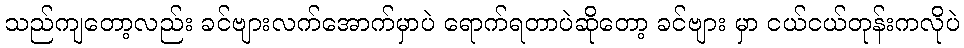
သည်ကျတော့လည်း ခင်ဗျားလက်အောက်မှာပဲ ရောက်ရတာပဲဆိုတော့ ခင်ဗျား မှာ ငယ်ငယ်တုန်းကလိုပဲ